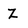
Character: Z